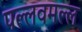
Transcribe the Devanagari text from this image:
पल्लवमल्ल